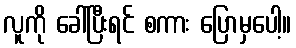
လူကို ခေါ်ပြီးရင် စကား ပြောမှပေါ့။